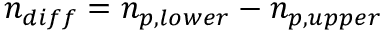
n _ { d i f f } = n _ { p , l o w e r } - n _ { p , u p p e r }